system: You are a helpful assistant.
user:
Analyze the provided spectrum to determine if it is a **White Dwarf (WD)**.

A White Dwarf spectrum is defined by its **extreme purity** (due to gravitational settling) and/or **extreme pressure broadening** (due to high surface gravity). You must check for one of the following mutually exclusive signatures:

- **Key Visual Indicators (Check for ONE of these types):**

    - **1. DA-Type Signature (Most Common):**
        - **(Primary Feature):** Extreme pressure broadening (Stark broadening) of the **Hydrogen (H) Balmer lines**.
        - **(Key Lines):** $H\beta$ (approx. $4861$ Å) and $H\gamma$ (approx. $4340$ Å). $H\alpha$ (approx. $6563$ Å) will also be present if the wavelength range covers it.
        - **(Line Profile):** This is the **defining feature**. The lines are **NOT** sharp. They appear as massive, **extremely broad and deep "troughs" or "dips"** in the spectrum, often hundreds of Ångströms wide. The continuum will appear to "scoop" down at these wavelengths.
        - **(Distinction):** Normal A-type or B-type stars have *narrow* and *sharp* Hydrogen lines. A DA White Dwarf's lines are unmistakably "smeared" or "blurry" from pressure.

    - **2. DB-Type Signature:**
        - **(Primary Feature):** Broad absorption lines from **Neutral Helium (He I)**. The spectrum must lack any visible Hydrogen lines.
        - **(Key Lines):** Look for broad absorption near $4471$ Å, $4921$ Å, and $5876$ Å.
        - **(Line Profile):** These lines are also significantly pressure-broadened, appearing much wider than they would in a normal B-type main-sequence star.

    - **3. DC-Type Signature:**
        - **(Primary Feature):** A **featureless continuous spectrum**.
        - **(Line Profile):** The spectrum is a smooth curve with **no significant absorption or emission lines**.
        - **(Key Confirmation):** The continuum is almost always **blue or white**, indicating a hot object. This signature implies the atmosphere is so pure (or so cool) that no spectral lines are visible in the optical range. Its WD identity is confirmed by its extremely low intrinsic brightness (high absolute magnitude).

    - **4. DZ-Type Signature (Metal-Polluted):**
        - **(Primary Feature):** **Isolated, narrow metal absorption lines** on an otherwise featureless (DC-like) continuum.
        - **(Key Lines):** The **Calcium (Ca II) H & K doublet** (approx. **$3934$ Å** and **$3968$ Å**) is the most common and defining feature.
        - **(Line Profile):** These lines are "out of place." They are *not* part of a "forest" of thousands of lines. This signature is evidence of recent *accretion* (pollution) from rocky debris.
        - **(Distinction):** Normal G/K/M stars have a *dense forest* of thousands of metal lines. A DZ has a *clean* continuum with *only a few* strong metal lines.

    - **5. DQ-Type Signature (Carbon-Polluted):**
        - **(Primary Feature):** Absorption bands from **Carbon (C₂ "Swan Bands" or atomic C I)**.
        - **(Key Lines - C₂):** Look for bandheads with a "saw-tooth" shape near $5635$ Å, **$5165$ Å** (strongest), and $4737$ Å.
        - **(Key Confirmation):** The underlying **continuum must be blue or white** (hot).
        - **(Distinction):** This is the critical difference from a **Carbon Star**, which has the *exact same* C₂ bands but on an extremely **red, cool** continuum.

- **(Overall Spectrum):**
    - The continuum (overall shape) is typically **blue-sloping** (brighter in the blue than the red), as most white dwarfs are very hot.
    - The spectrum will look "pure" or "simple," dominated by only *one* of the five signatures listed above.

Think first, call **spectral_visualization_tool** if needed to examine features in detail, then provide your final answer. Your response must adhere to the following strict rules:
1.  **Overall Structure:** Your response must follow the format `<think>...</think> <tool_call>...</tool_call> (if a tool is used) <answer>...</answer>`.
2.  **Tool Usage Constraint:** You may only make **one** tool call per turn.
3.  **Final Answer Format:** In the `<answer>` tag, your conclusion must be inside a `\boxed{}` command (e.g., `\boxed{YES}` or `\boxed{NO}`), followed by your justification.

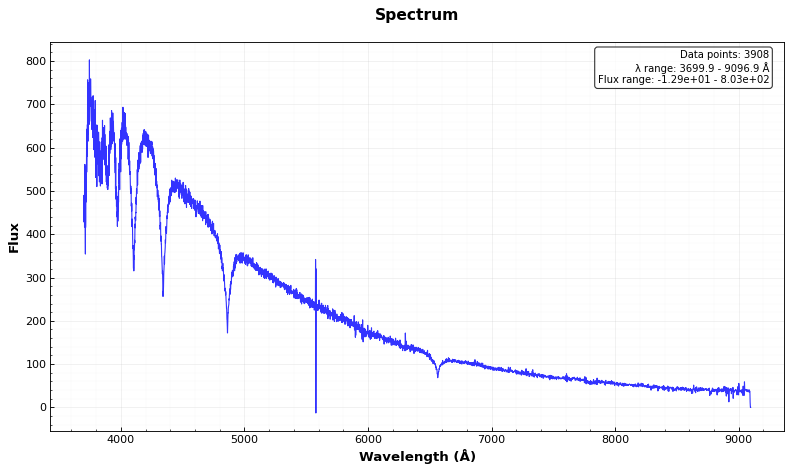
Answer: YES